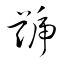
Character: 號